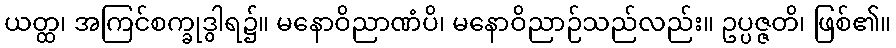
ယတ္ထ၊ အကြင်စက္ခုဒွါရ၌။ မနောဝိညာဏံပိ၊ မနောဝိညာဉ်သည်လည်း။ ဥပ္ပဇ္ဇတိ၊ ဖြစ်၏။